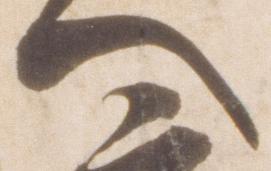
へ